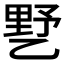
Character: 𰁍